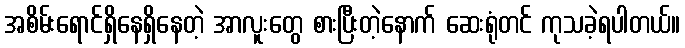
အစိမ်းရောင်ရှိနေရှိနေတဲ့ အာလူးတွေ စားပြီးတဲ့နောက် ဆေးရုံတင် ကုသခဲ့ရပါတယ်။